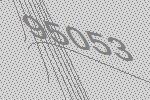
95053